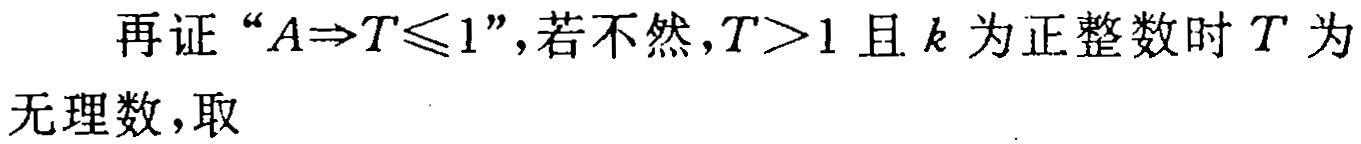
再证“\(A\Rightarrow T\leqslant1\)”，若不然，\(T > 1\)且\(k\)为正整数时\(T\)为无理数，取